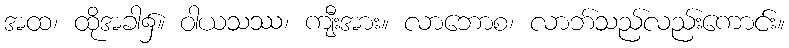
အထ၊ ထိုအခါ၌။ ဝါယသဿ၊ ကျီးအား။ လာဘောစ၊ လာဘ်သည်လည်းကောင်း။